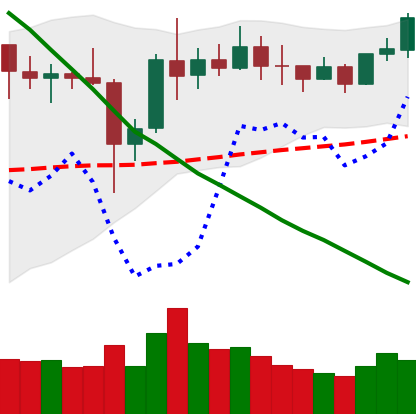
Ticker: XRP-USD
Chart end date: 2019-11-06
Forward return: -11.287%
Label: down_7plus